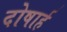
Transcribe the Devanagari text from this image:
दोषार्ह